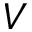
V